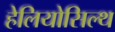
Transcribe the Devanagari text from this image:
हेलियोसिल्थ